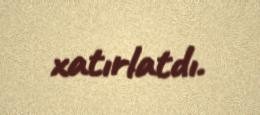
xatırlatdı.